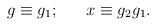
LaTeX: \begin{align*}g\equiv g_{1};\ \ \ \ \ x\equiv g_{2}g_{1}.\end{align*}